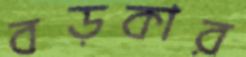
বড়কার